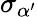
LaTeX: \sigma_{\alpha^{\prime}}